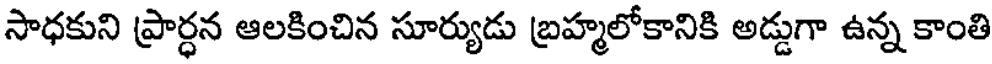
సాధకుని ప్రార్ధన ఆలకించిన సూర్యుడు బ్రహ్మలోకానికి అడ్డుగా ఉన్న కాంతి